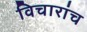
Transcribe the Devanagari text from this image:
विचारांच